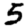
Digit: 5